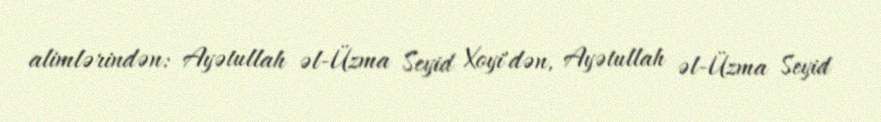
alimlərindən: Ayətullah əl-Üzma Seyid Xoyi'dən, Ayətullah əl-Üzma Seyid